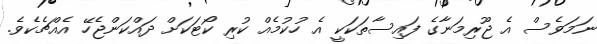
ނަމަވެސް އެ ޖޫރިމަނާގެ ފައިސާތަކަކީ އެ ހުކުމެއް ކުރި ކޯޓަކަށް ދައްކަންޖެހޭ އެއްޗެކެވެ.